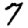
Digit: 7